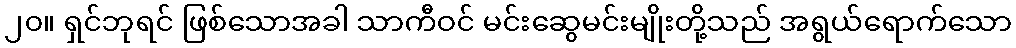
၂၀။ ရှင်ဘုရင် ဖြစ်သောအခါ သာကီဝင် မင်းဆွေမင်းမျိုးတို့သည် အရွယ်ရောက်သော